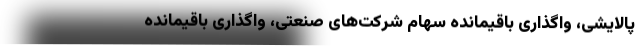
پالایشی، واگذاری باقیمانده سهام شرکت‌های صنعتی، واگذاری باقیمانده